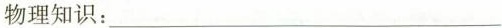
物理知识：___